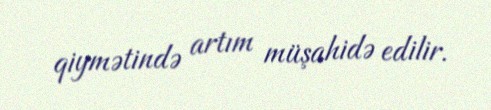
qiymətində artım müşahidə edilir.